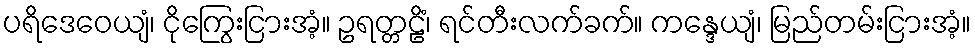
ပရိဒေဝေယျံ၊ ငိုကြွေးငြားအံ့။ ဥရတ္တဠိံ၊ ရင်တီးလက်ခက်။ ကန္ဒေယျံ၊ မြည်တမ်းငြားအံ့။